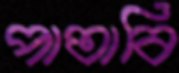
পাতাবি